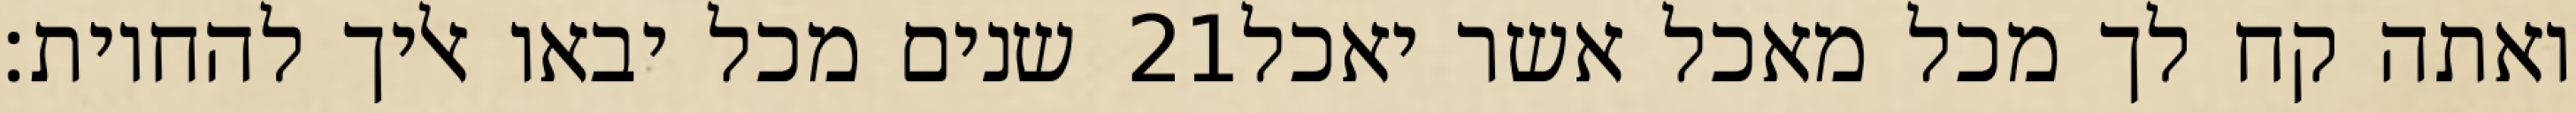
שנים מכל יבאו אליך להחיות׃ ‎21‏ ואתה קח לך מכל מאכל אשר יאכל